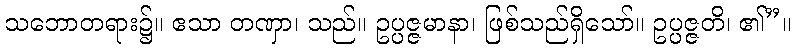
သဘောတရား၌။ ဧသာ တဏှာ၊ သည်။ ဥပ္ပဇ္ဇမာနာ၊ ဖြစ်သည်ရှိသော်။ ဥပ္ပဇ္ဇတိ၊ ၏”။